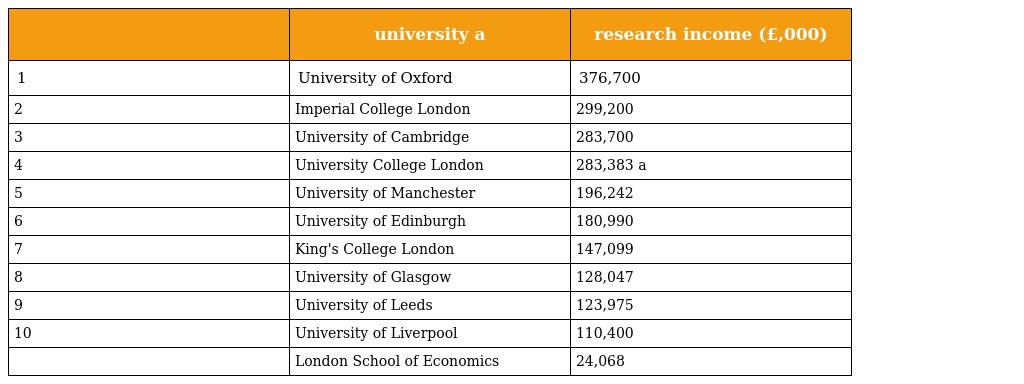
|  | university a | research income (£,000) |
 | --- | --- | --- |
 | 1 | University of Oxford | 376,700 |
 | 2 | Imperial College London | 299,200 |
 | 3 | University of Cambridge | 283,700 |
 | 4 | University College London | 283,383 a |
 | 5 | University of Manchester | 196,242 |
 | 6 | University of Edinburgh | 180,990 |
 | 7 | King's College London | 147,099 |
 | 8 | University of Glasgow | 128,047 |
 | 9 | University of Leeds | 123,975 |
 | 10 | University of Liverpool | 110,400 |
 |  | London School of Economics | 24,068 |